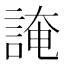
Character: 䛳